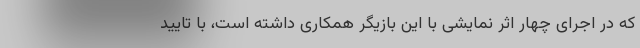
که در اجرای چهار اثر نمایشی با این بازیگر همکاری داشته است، با تایید